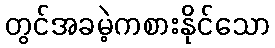
တွင်အခမဲ့ကစားနိုင်သော